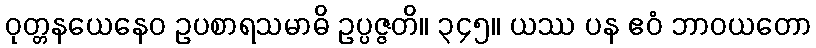
ဝုတ္တနယေနေဝ ဥပစာရသမာဓိ ဥပ္ပဇ္ဇတိ။ ၃၄၅။ ယဿ ပန ဧဝံ ဘာဝယတော